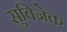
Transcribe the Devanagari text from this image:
सुविजेक